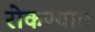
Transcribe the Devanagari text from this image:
रोकण्यात